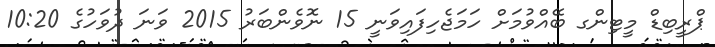
ޕްރީބިޑް މީޓިންގ ބޭއްވުމަށް ހަމަޖެހިފައިވަނީ 15 ނޮވެންބަރު 2015 ވަނަ ދުވަހުގެ 10:20